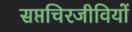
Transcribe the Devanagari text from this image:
सप्तचिरजीवियों